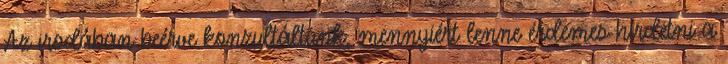
Az irodában beérve konzultáltunk, mennyiért lenne érdemes hirdetni a